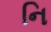
નિ